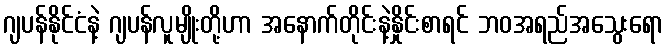
ဂျပန်နိုင်ငံနဲ့ ဂျပန်လူမျိုးတို့ဟာ အနောက်တိုင်းနဲ့နှိုင်းစာရင် ဘဝအရည်အသွေးရော